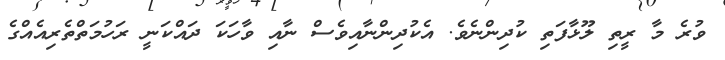
ވުރެ މާ ރީތި ލޫޅާފަތި ކުދިންނެވެ. އެކުދިންނާއިވެސް ނާއި ވާހަކަ ދައްކަނީ ރަހުމަތްތެރިއެއްގެ